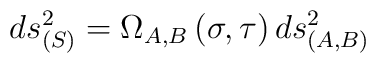
ds_{(S)}^{2}=\Omega _{A,B}\left( \sigma ,\tau \right) ds_{(A,B)}^{2}